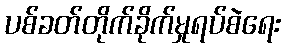
ပစ်ခတ်တိုက်ခိုက်မှုရပ်စဲရေး